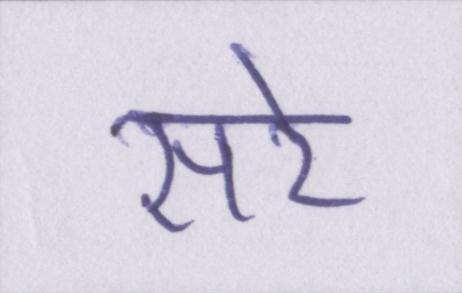
सरे